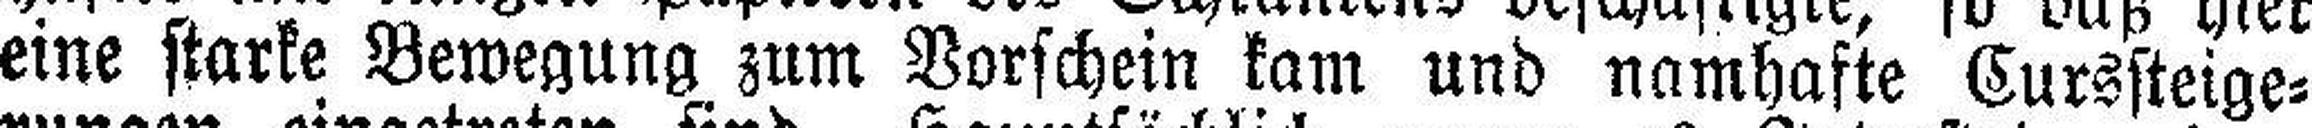
eine starke Bewegung zum Vorschein kam und namhafte Curssteige¬